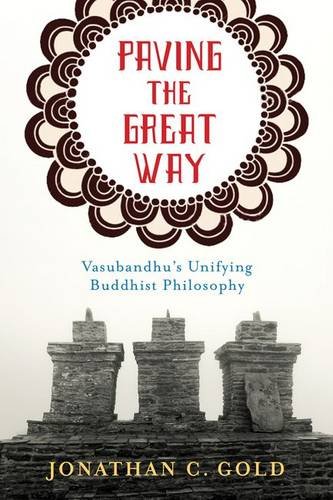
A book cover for Paving the Great Way: Vasubandhu's Unifying Buddhist Philosophy; Jonathan Gold; Religion & Spirituality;